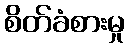
စိတ်ခံစားမှု